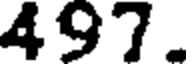
497.